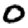
Digit: 0